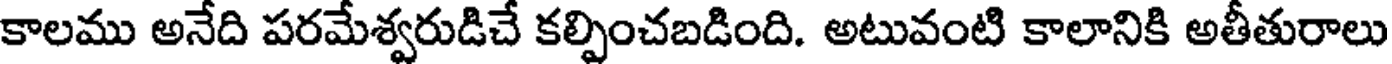
కాలము అనేది పరమేశ్వరుడిచే కల్పించబడింది. అటువంటి కాలానికి అతీతురాలు